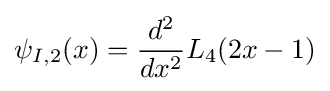
\psi _{I,2}(x)={\frac {d^{2}}{dx^{2}}}L_{4}(2x-1)